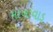
માખાવાડ